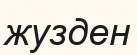
жузден